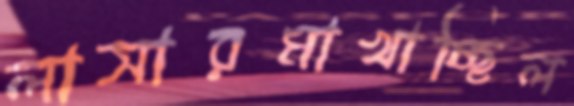
লাসারমাখাচ্ছিল